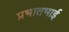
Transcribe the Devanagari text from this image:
प्रभातभाई